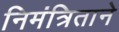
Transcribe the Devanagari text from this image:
निमंत्रिताने